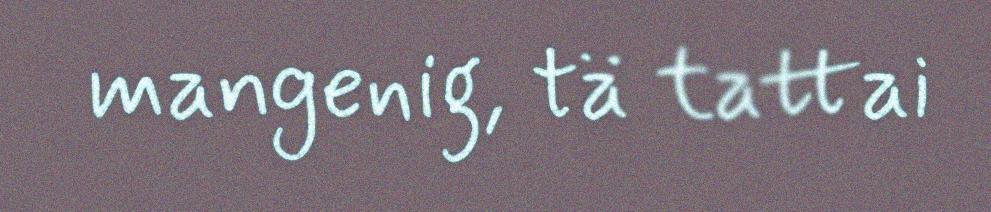
mangenig, tä tattai